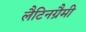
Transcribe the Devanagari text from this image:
लैटिनग्रैमी